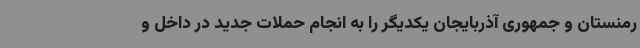
رمنستان و جمهوری آذربایجان یکدیگر را به انجام حملات جدید در داخل و